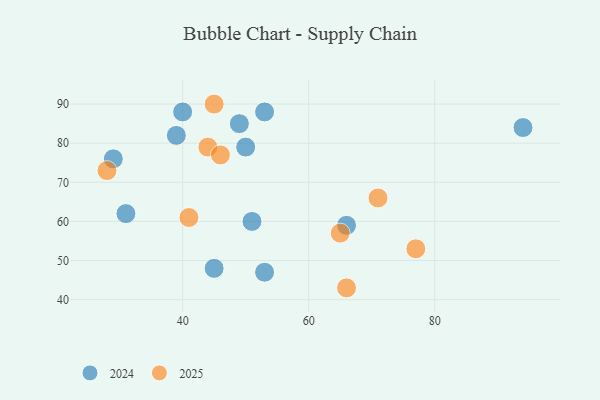
{"axis": {"x": "GDP", "y": "Life Expectancy"}, "legend": ["2024", "2025"], "data": [{"x": "45", "y": 48, "type": "2024"}, {"x": "53", "y": 88, "type": "2024"}, {"x": "53", "y": 47, "type": "2024"}, {"x": "29", "y": 76, "type": "2024"}, {"x": "40", "y": 88, "type": "2024"}, {"x": "51", "y": 60, "type": "2024"}, {"x": "50", "y": 79, "type": "2024"}, {"x": "39", "y": 82, "type": "2024"}, {"x": "49", "y": 85, "type": "2024"}, {"x": "66", "y": 59, "type": "2024"}, {"x": "94", "y": 84, "type": "2024"}, {"x": "31", "y": 62, "type": "2024"}, {"x": "65", "y": 57, "type": "2025"}, {"x": "44", "y": 79, "type": "2025"}, {"x": "77", "y": 53, "type": "2025"}, {"x": "45", "y": 90, "type": "2025"}, {"x": "66", "y": 43, "type": "2025"}, {"x": "41", "y": 61, "type": "2025"}, {"x": "28", "y": 73, "type": "2025"}, {"x": "71", "y": 66, "type": "2025"}, {"x": "46", "y": 77, "type": "2025"}]}